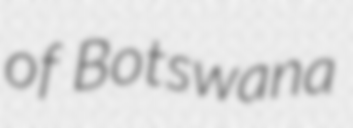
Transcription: of Botswana